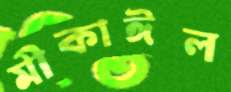
মীকাঈল